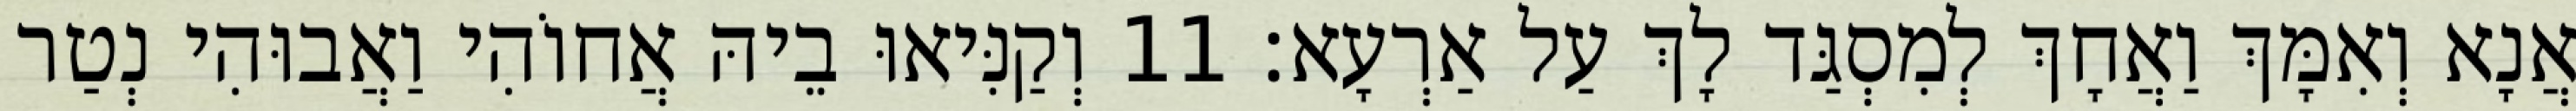
אֲנָא וְאִמָּךְ וַאֲחָךְ לְמִסְגַּד לָךְ עַל אַרְעָא׃ 11 וְקַנִּיאוּ בֵיהּ אֲחוֹהִי וַאֲבוּהִי נְטַר